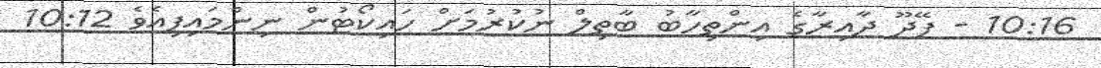
10:16 - ފޭދޫ ދާއިރާގެ އިންތިހާބު ބާތިލް ނުކުރުމަށް ހައިކޯޓުން ނިންމައިފިއެވެ 10:12